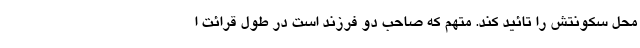
محل سکونتش را تائید کند. متهم که صاحب دو فرزند است در طول قرائت ا